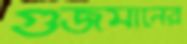
গুজমানের